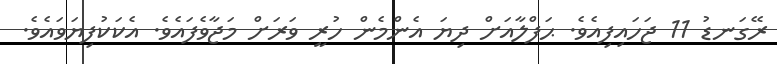
ރޭގަނޑު 11 ޖަހައިފިއެވެ. ޙަފްލާއަށް ދިޔަ އެންމެން ހުރީ ވަރަށް މަޖާވެފައެވެ. އެކަކުފިޔަވައެވެ.